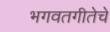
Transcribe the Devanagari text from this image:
भगवतगीतेचे